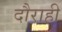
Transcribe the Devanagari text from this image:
दौराही